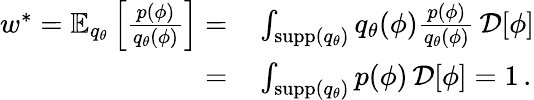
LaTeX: \begin{array}{rl}{w^{*}=\mathbb{E}_{q_{\theta}}\left[\frac{p(\phi)}{q_{\theta}(\phi)}\right]=}&{{}\int_{\textrm{supp}(q_{\theta})}q_{\theta}(\phi)\frac{p(\phi)}{q_{\theta}(\phi)}\, \mathcal{D}[\phi]}\\ {=}&{{}\int_{\textrm{supp}(q_{\theta})}p(\phi)\, \mathcal{D}[\phi]=1\, .}\end{array}